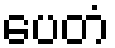
ပေတံ